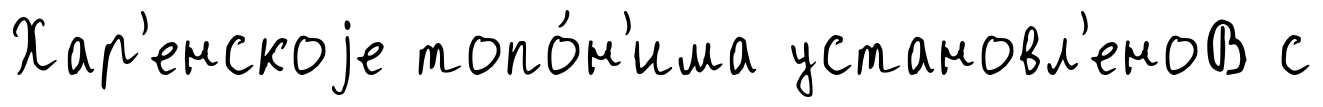
Хар'енскоjе топо́н'има установл'еноВ с